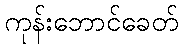
ကုန်းဘောင်ခေတ်